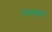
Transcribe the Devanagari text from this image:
थेनमाला